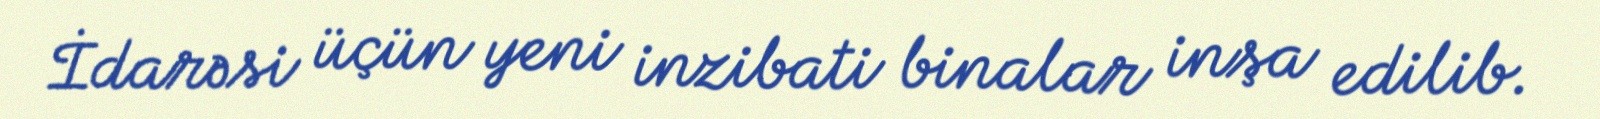
İdarəsi üçün yeni inzibati binalar inşa edilib.